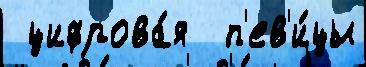
 цифрова́я  п'ев'и́цы